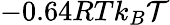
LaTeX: -0.64RTk_{B}\mathcal{T}